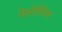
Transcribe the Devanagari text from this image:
नेपोलिस